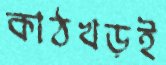
কাঠখড়ই